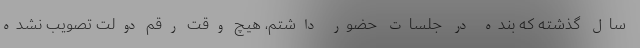
سال گذشته که بنده در جلسات حضور داشتم، هیچ وقت رقم دولت تصویب نشده